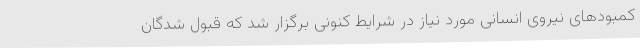
کمبودهای نیروی انسانی مورد نیاز در شرایط کنونی برگزار شد که قبول شدگان